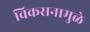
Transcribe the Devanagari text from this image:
विकसनामुळे